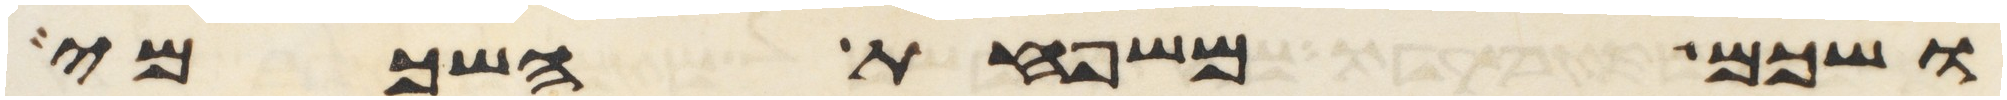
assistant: ושכם משפחת השכמי